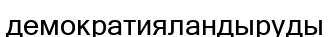
демократияландыруды